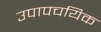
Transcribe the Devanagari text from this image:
उपापचयिक